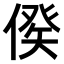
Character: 𠋳